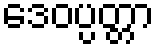
ဒေဝပ္ပတ္တာ